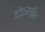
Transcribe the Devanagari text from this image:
चंद्रामधील